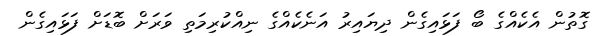
ގޮތުން އެކެއްގެ ބޯ ފަޅައިގެން ދިޔައިރު އަނެކެއްގެ ނިއްކުރިމަތި ވަރަށް ބޮޑަށް ފަޅައިގެން